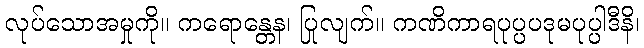
လုပ်သောအမှုကို။ ကရောန္တေန၊ ပြုလျက်။ ကဏိကာရပုပ္ပပဒုမပုပ္ပါဒီနိ၊